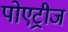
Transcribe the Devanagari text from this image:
पोएट्रीज